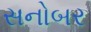
સનોબર